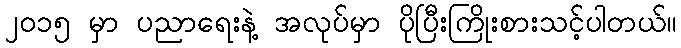
၂၀၁၅ မှာ ပညာရေးနဲ့ အလုပ်မှာ ပိုပြီးကြိုးစားသင့်ပါတယ်။